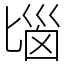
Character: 匘